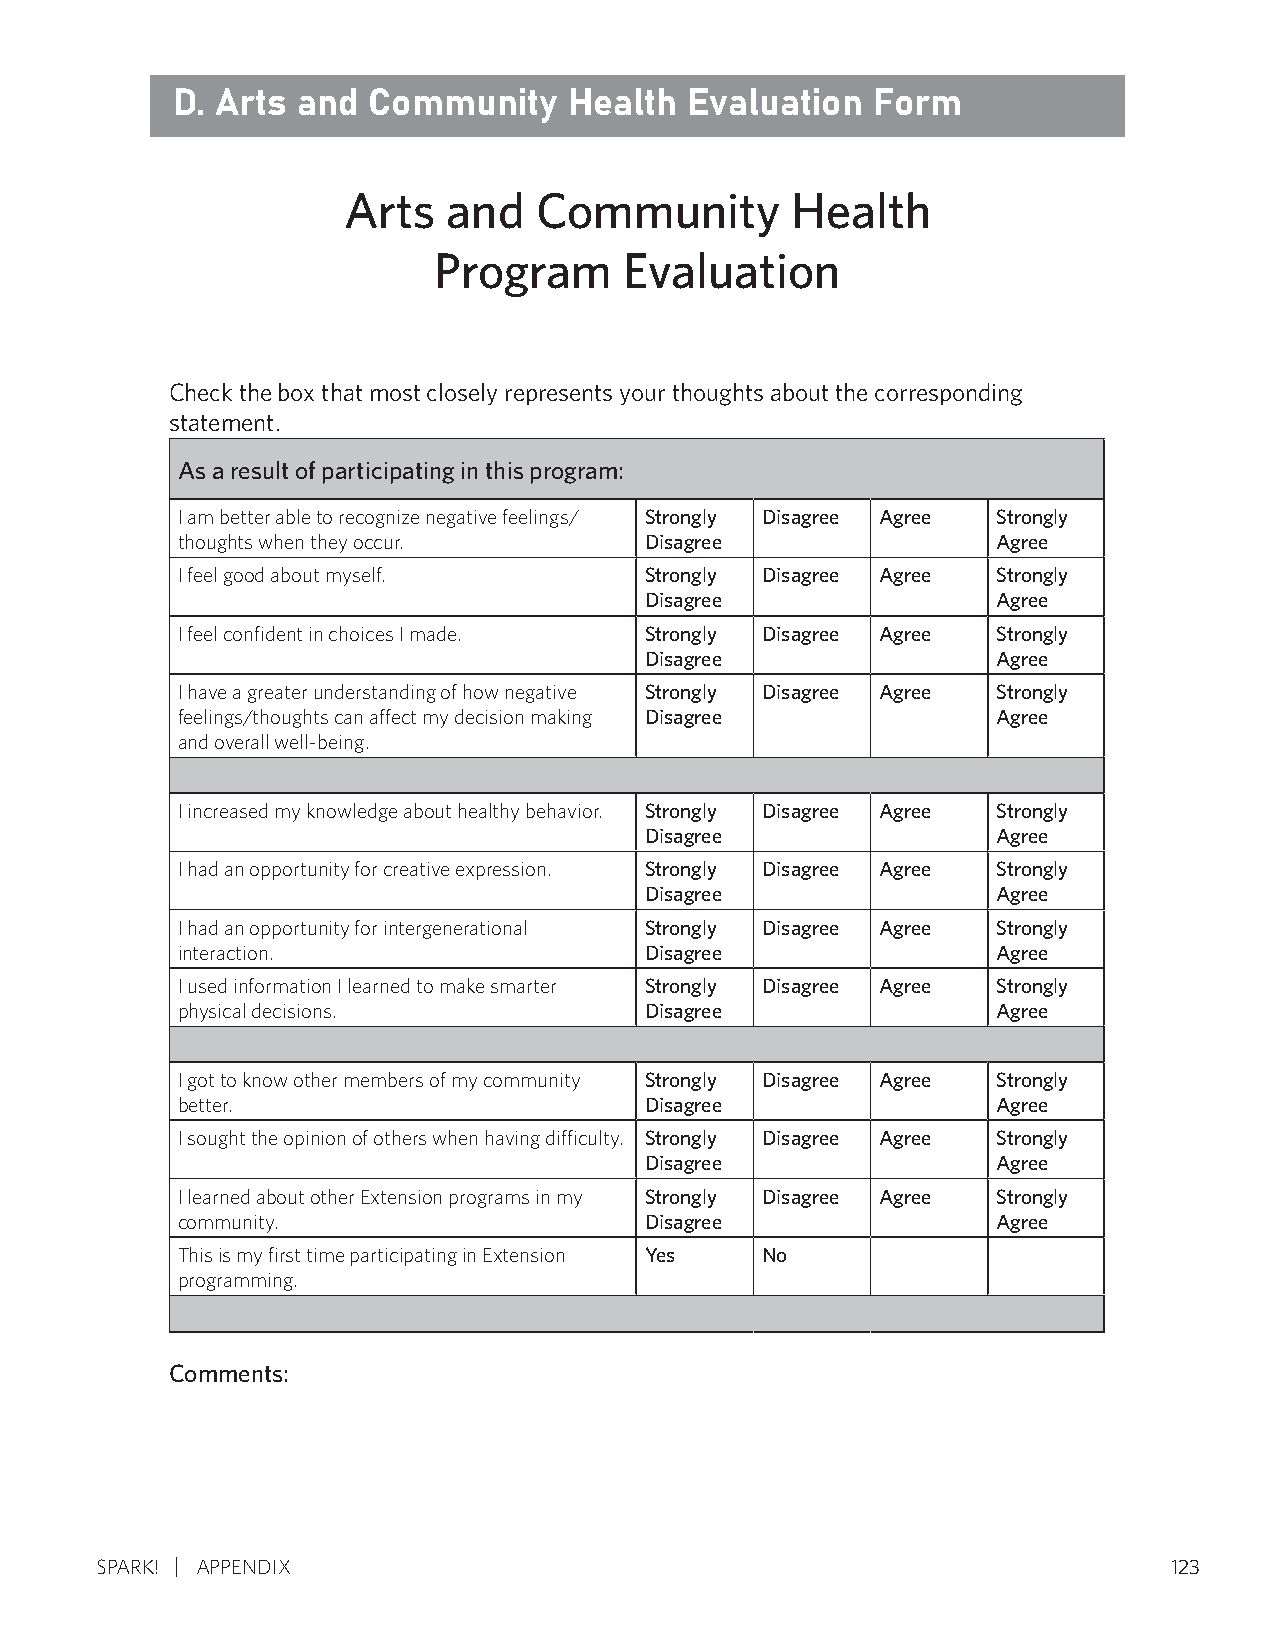
D. Arts  and Community     Health  Evaluation  Form
 Arts   and  Community        Health
 Program     Evaluation
 Check the box that most closely represents your thoughts about the corresponding
 statement.
 As a result of participating in this program:
 I am better able to recognize negative feelings/ Strongly Disagree Agree Strongly
 thoughts when they occur.      Disagree               Agree
 I feel good about myself.      Strongly Disagree Agree Strongly
 Disagree               Agree
 I feel confident in choices I made. Strongly Disagree Agree Strongly
 Disagree               Agree
 I have a greater understanding of how negative Strongly Disagree Agree Strongly
 feelings/thoughts can affect my decision making Disagree Agree
 and overall well-being.
 I increased my knowledge about healthy behavior. Strongly Disagree Agree Strongly
 Disagree               Agree
 I had an opportunity for creative expression. Strongly Disagree Agree Strongly
 Disagree               Agree
 I had an opportunity for intergenerational Strongly Disagree Agree Strongly
 interaction.                   Disagree               Agree
 I used information I learned to make smarter Strongly Disagree Agree Strongly
 physical decisions.            Disagree               Agree
 I got to know other members of my community Strongly Disagree Agree Strongly
 better.                        Disagree               Agree
 I sought the opinion of others when having difficulty. Strongly Disagree Agree Strongly
 Disagree               Agree
 I learned about other Extension programs in my Strongly Disagree Agree Strongly
 community.                     Disagree               Agree
 This is my first time participating in Extension Yes No
 programming.
 Comments:
 SPARK! APPENDIX                                                        123